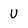
Character: U